Annual report of the Punjab Veterinary College and of the Civil Veterinary Department, Punjab - 1920-1925
Year: 1920
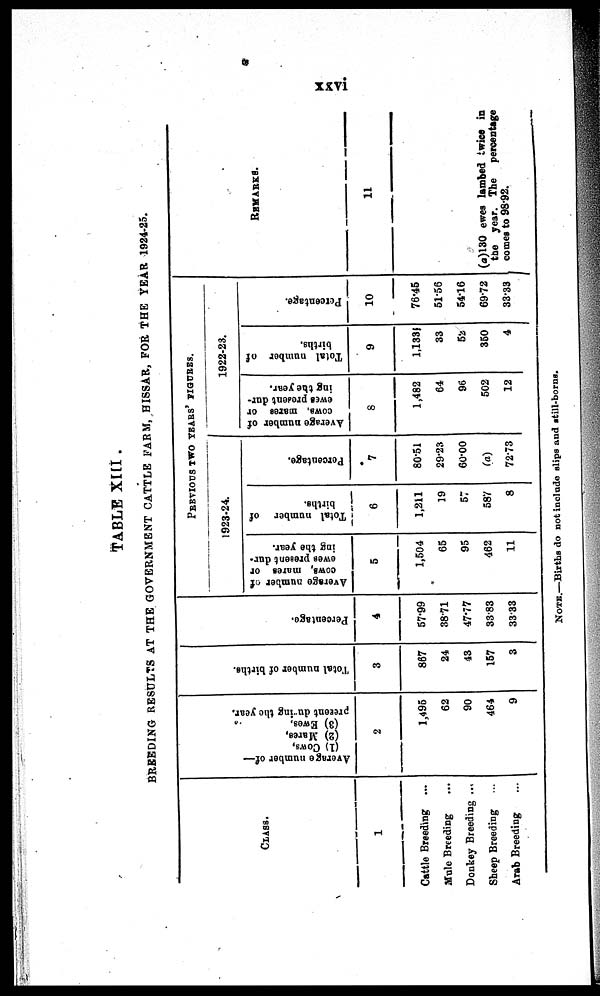
xxvi
TABLE XIII.
BREEDING RESULTS AT THE GOVERNMENT CATTLE FARM, HISSAR, FOR THE YEAR 1924-25.
CLASS.
1
Cattle Breeding ...
Mule Breeding ...
Donkey Breeding ...
Sheep Breeding ...
Arab Breeding ...
Aver age number of—
(1)
Cows ,
(2) Mar es ,
(3) Ewe3,
present during the year.
2
1,495
62
90
464
9
Tot al number of births.
3
867
24
43
157
3
Per cent age.
4
57.99
38.71
47.77
33.83
33.33
PREVIOUS TWO YEAR'S FIGURES.
1923-24.
Average number of
cows, mares or
ewes present dur-
ing the year.
5
1,504
65
95
462
11
Total number of
births.
6
1,211
19
57
587
8
Percentage.
7
80.51
29.23
60.00
(a)
72.73
1922-23.
Average number of
cows, mares or
ewes predent dur-
ing the year.
8
1,482
64
96
502
12
Total number of
births.
9
1,133
33
52
350
4
Percentage.
10
76.45
51.56
54.16
69.72
33.33
REMARKS.
11
(a)130 ewes lambed twice in
the year. The
percentage
comes to 98.92.
NOTE.—Births do not include slips and still-borns.